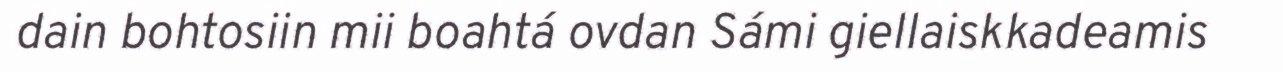
dain bohtosiin mii boahtá ovdan Sámi giellaiskkadeamis